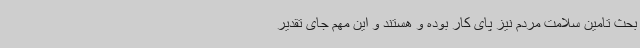
بحث تامین سلامت مردم نیز پای کار بوده و هستند و این‌ مهم ‌جای تقدیر